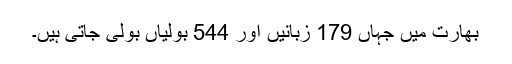
بھارت میں جہاں 179 زبانیں اور 544 بولیاں بولی جاتی ہیں۔